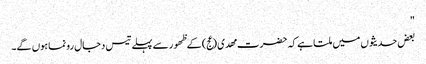
"
بعض حدیثوں میں ملتا ہے کہ حضرت مھدی (عج) کے ظھور سے پہلے تیس دجال رونما ہوں گے۔